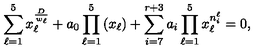
\sum _ { \ell = 1 } ^ { 5 } x _ { \ell } ^ { \frac { D } { w _ { \ell } } } + a _ { 0 } \prod _ { \ell = 1 } ^ { 5 } \left( x _ { \ell } \right) + \sum _ { i = 7 } ^ { r + 3 } a _ { i } \prod _ { \ell = 1 } ^ { 5 } x _ { \ell } ^ { n _ { i } ^ { \ell } } = 0 ,